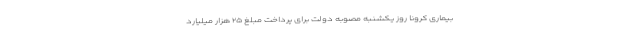
بیماری کرونا روز یکشنبه مصوبه دولت برای پرداخت مبلغ ۲۵ هزار میلیارد